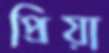
প্রিয়া